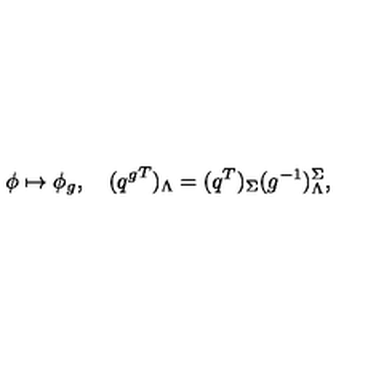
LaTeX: \phi \mapsto \phi _ { g } , \quad ( { q ^ { g } } ^ { T } ) _ { \Lambda } = ( q ^ { T } ) _ { \Sigma } ( g ^ { - 1 } ) _ { \Lambda } ^ { \Sigma } ,